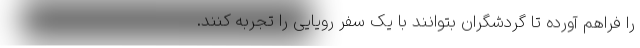
را فراهم آورده تا گردشگران بتوانند با یک سفر رویایی را تجربه کنند.